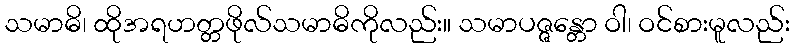
သမာဓိ၊ ထိုအရဟတ္တဖိုလ်သမာဓိကိုလည်း။ သမာပဇ္ဇန္တော ဝါ၊ ဝင်စားမူလည်း